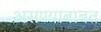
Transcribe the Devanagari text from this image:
असण्याबाबत